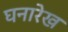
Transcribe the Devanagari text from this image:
घनारेख